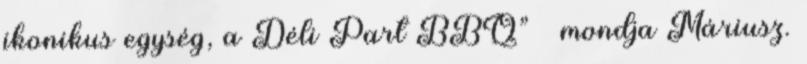
ikonikus egység, a Déli Part BBQ” – mondja Máriusz.